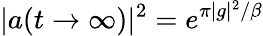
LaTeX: |a(t\rightarrow\infty)|^{2}=e^{\pi|g|^{2}/\beta}